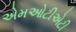
એમઓટીએટી